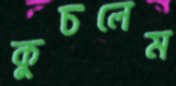
কুচলেম